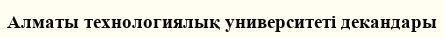
Алматы технологиялық университеті декандары